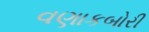
વણાકબોરી